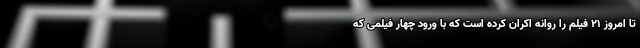
تا امروز ۲۱ فیلم را روانه اکران کرده است که با ورود چهار فیلمی که